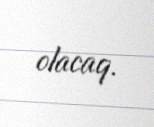
olacaq.